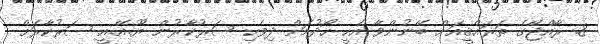
8. ރާއްޖޭގެ ތަރައްޤީއަށް ބޭނުންވާ އެހީ ހޯދުމަށް ދިވެހި ސަރުކާރުން ޔޫ.އޭ.އީ ސަރުކާރަށް